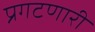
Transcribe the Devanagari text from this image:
प्रगटणारी